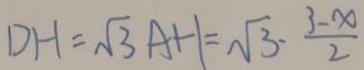
D H = \sqrt { 3 } A + 1 = \sqrt { 3 } \cdot \frac { 3 - x } { 2 }